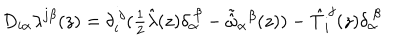
D _ { i \alpha } \lambda ^ { j \beta } ( z ) = \delta _ { i } ^ { ~ j } ( \textstyle { \frac { 1 } { 2 } } \hat { \lambda } ( z ) \delta _ { \alpha } ^ { ~ \beta } - \tilde { \hat { \omega } } _ { \alpha } { } ^ { \beta } ( z ) ) - \hat { T } _ { i } ^ { ~ j } ( z ) \delta _ { \alpha } ^ { ~ \beta }